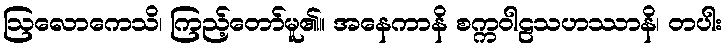
ဩလောကေသိ၊ ကြည့်တော်မူ၏။ အနေကာနိ စက္ကဝါဠသဟဿာနိ၊ တပါး